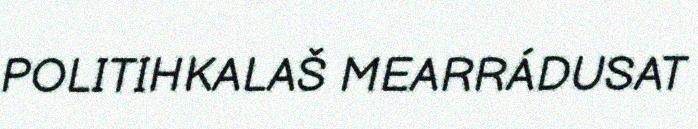
POLITIHKALAŠ MEARRÁDUSAT